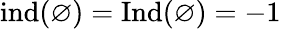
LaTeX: \operatorname{ind}(\varnothing)=\operatorname{Ind}(\varnothing)=-1